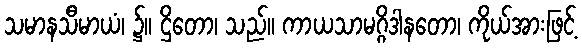
သမာနသီမာယံ၊ ၌။ ဌိတော၊ သည်။ ကာယသာမဂ္ဂိဒါနတော၊ ကိုယ်အားဖြင့်